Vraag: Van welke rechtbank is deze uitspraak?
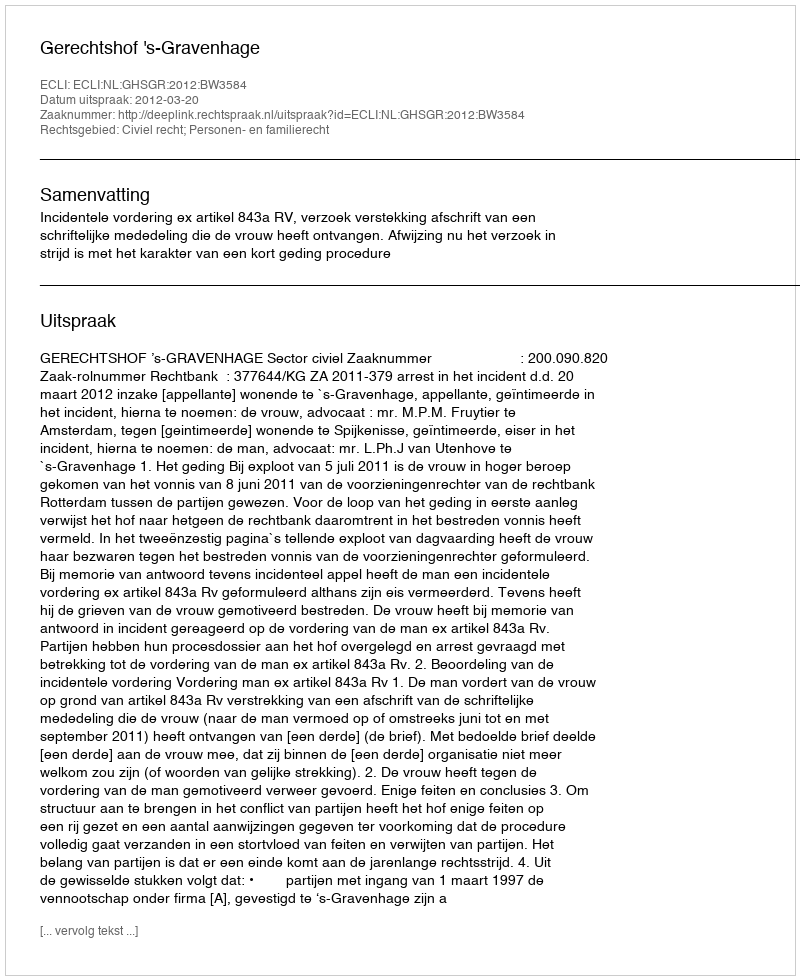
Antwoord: Gerechtshof 's-Gravenhage